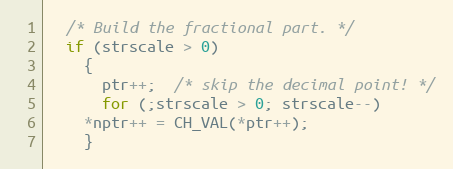
Language: C++
  /* Build the fractional part. */
  if (strscale > 0)
    {
      ptr++;  /* skip the decimal point! */
      for (;strscale > 0; strscale--)
	*nptr++ = CH_VAL(*ptr++);
    }